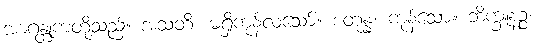
အာဂန္တုကတို့သည်။ အသတိ၊ မရှိကုန်လသော်။ စတုန္နံ၊ ကုန်သော။ ဘိက္ခူနဉ္စ၊